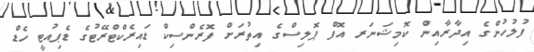
ފުލުހުންގެ އިދާރާއިން ކޮމިޝަނަރ އޮފް ޕޮލިސްގެ އިތުރަށް ފޮރެންސިކް ޑައިރެކްޓްރޭޓުގެ ޑެޕިއުޓީ ހެޑް